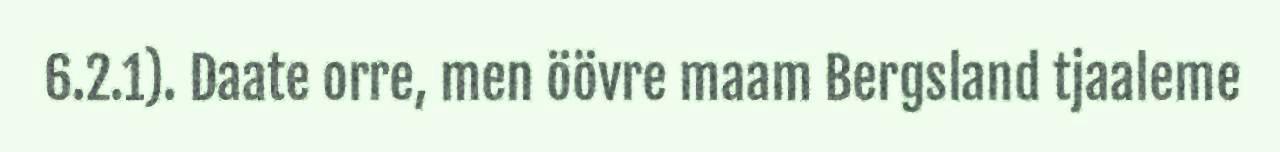
6.2.1). Daate orre, men öövre maam Bergsland tjaaleme